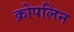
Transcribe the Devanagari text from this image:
क्रोपलिन